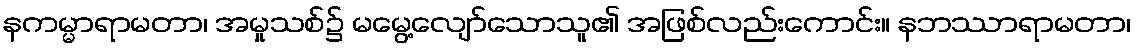
နကမ္မာရာမတာ၊ အမှုသစ်၌ မမွေ့လျော်သောသူ၏ အဖြစ်လည်းကောင်း။ နဘဿာရာမတာ၊